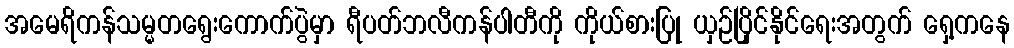
အမေရိကန်သမ္မတရွေးကောက်ပွဲမှာ ရီပတ်ဘလီကန်ပါတီကို ကိုယ်စားပြု ယှဉ်ပြိုင်နိုင်ရေးအတွက် ရှေ့ကနေ